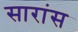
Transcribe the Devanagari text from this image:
सारांस